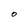
Character: O